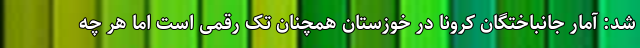
شد: آمار جانباختگان کرونا در خوزستان همچنان تک رقمی است اما هر چه